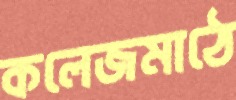
কলেজমাঠে